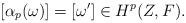
LaTeX: \begin{align*}[\alpha_p(\omega)] = [\omega'] \in H^p(Z,F).\end{align*}